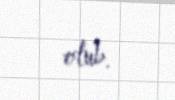
olub.